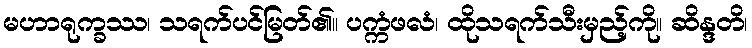
မဟာရုက္ခဿ၊ သရက်ပင်မြတ်၏။ ပက္ကံဖလံ၊ ထိုသရက်သီးမှည့်ကို။ ဆိန္ဒတိ၊